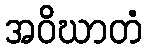
အဝိဃာတံ